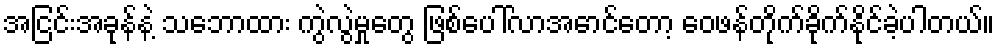
အငြင်းအခုန်နဲ့ သဘောထား ကွဲလွဲမှုတွေ ဖြစ်ပေါ်လာအောင်တော့ ဝေဖန်တိုက်ခိုက်နိုင်ခဲ့ပါတယ်။